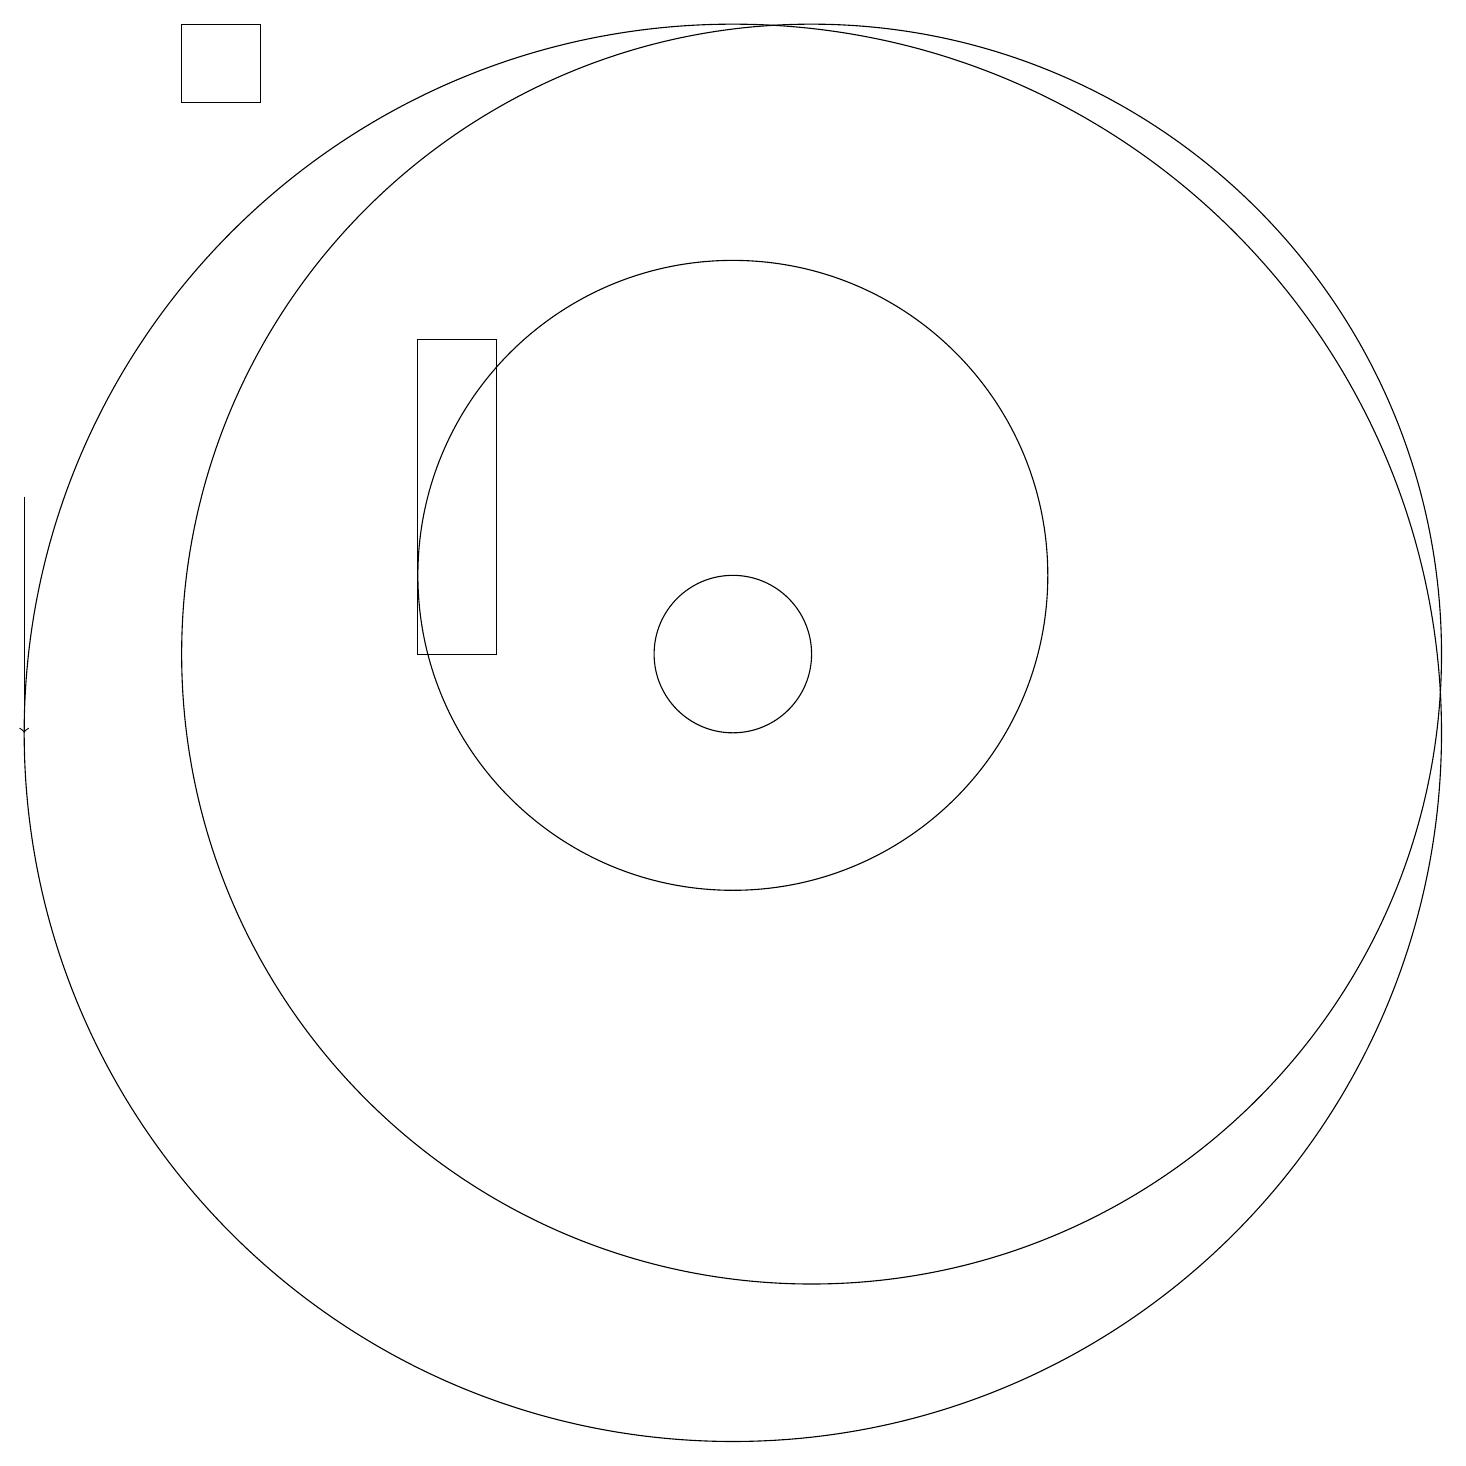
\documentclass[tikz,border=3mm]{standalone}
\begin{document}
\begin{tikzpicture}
\draw (11,10) circle (9);
\draw (4,18) rectangle (5,19);
\draw (12,11) circle (8);
\draw (11,11) circle (1);
\draw[->] (2,13) -- (2,10);
\draw (11,12) circle (4);
\draw (7,11) rectangle (8,15);
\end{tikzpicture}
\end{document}